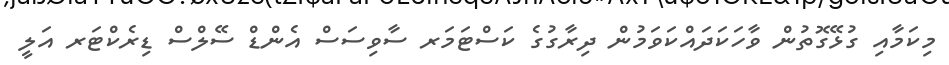
މިކަމާއި ގުޅޭގޮތުން ވާހަކަދައްކަވަމުން ދިރާގުގެ ކަސްޓަމަރ ސާވިސަސް އެންޑް ސޭލްސް ޑިރެކްޓަރ އަލީ